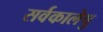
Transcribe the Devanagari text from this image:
सर्वकालेषु